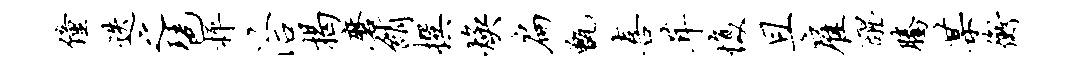
僮迭之琶枰洽揭磨绡撰焕扁甑喜茸愎且雇醒腾某衡